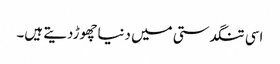
اسی تنگدستی میں دنیاچھوڑدیتے ہیں۔